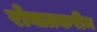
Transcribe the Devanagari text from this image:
रोबातकरीम